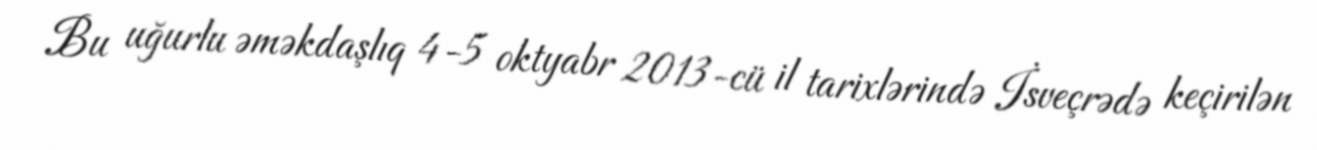
Bu uğurlu əməkdaşlıq 4-5 oktyabr 2013-cü il tarixlərində İsveçrədə keçirilən